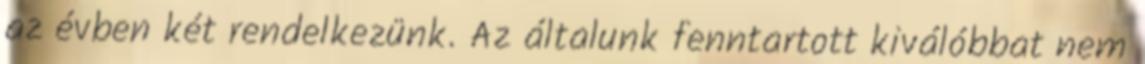
az évben két rendelkezünk. Az általunk fenntartott kiválóbbat nem